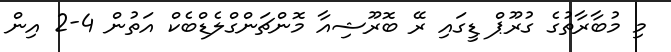
މި މުބާރާތުގެ ގުރޫޕް ޑީގައި ރޭ ބޮރޫޝިއާ މޮންޗަންގްލެޑްބެކް އަތުން 4-2 އިން